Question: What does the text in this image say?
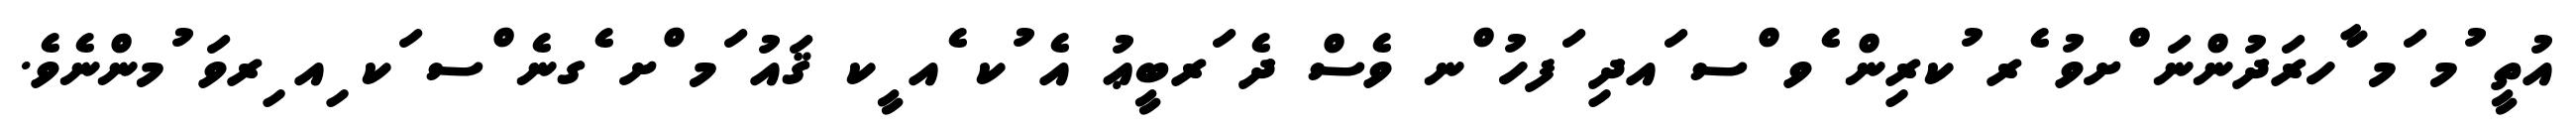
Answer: އުތީ ުމ ަމ ާހރަދުންނަ ްށވު ެރ ުކރިން ެވ ްސ ައދި ަފހު ްނ ވެސް ދެ ަރބީޢު އެ ުކ ެއ ީކ ޤައު ަމ ްށ ެގނެ ްސ ަކ ިއ ިރވަ ުމންނެވެ.